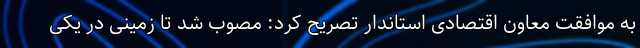
به موافقت معاون اقتصادی استاندار تصریح کرد: مصوب شد تا زمینی در یکی